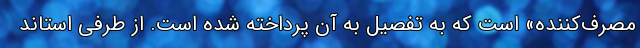
مصرف‌کننده» است که به تفصیل به آن پرداخته شده است. از طرفی استاند